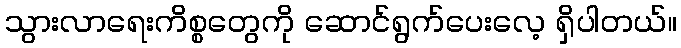
သွားလာရေးကိစ္စတွေကို ဆောင်ရွက်ပေးလေ့ ရှိပါတယ်။